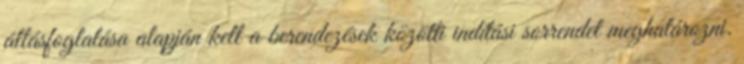
állásfoglalása alapján kell a berendezések közötti indítási sorrendet meghatározni.